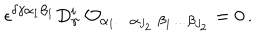
LaTeX: \epsilon ^ { \delta \gamma \alpha _ { 1 } \beta _ { 1 } } D _ { \gamma } ^ { i } \; { \cal O } _ { \alpha _ { 1 } \ldots \alpha _ { J _ { 2 } } \; \beta _ { 1 } \ldots \beta _ { J _ { 2 } } } = 0 \, .